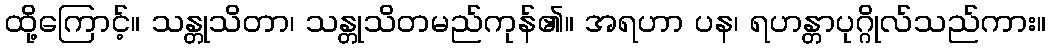
ထို့ကြောင့်။ သန္တုသိတာ၊ သန္တုသိတမည်ကုန်၏။ အရဟာ ပန၊ ရဟန္တာပုဂ္ဂိုလ်သည်ကား။